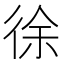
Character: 徐